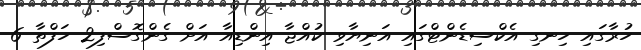
ހުރާގައި ހިނގި އެކްސިޑެންޓްގައި އަނިޔާވި ކުއްޖާ އިންޑިއާ އަށް ގެންގޮސްފި2 ހަފްތާ 6